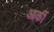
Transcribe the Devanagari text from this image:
आर्की